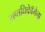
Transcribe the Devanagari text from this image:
सप्तधिकाॅेमेना